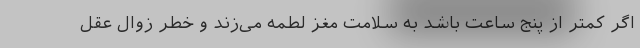
اگر کمتر از پنج ساعت باشد به سلامت مغز لطمه می‌زند و خطر زوال عقل